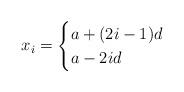
LaTeX: \begin{align*}x_i = \begin{cases}a+(2i-1)d & \\a-2id & \end{cases}\end{align*}